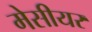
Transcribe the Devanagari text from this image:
मेसीयर